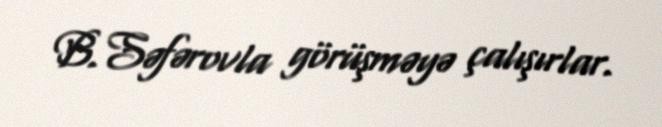
B.Səfərovla görüşməyə çalışırlar.